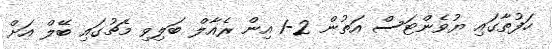
ހަފުތާގައި ޔުވެންޓަސް އަތުން 2-1 އިން ރެއާލް ބަލިވި މެޗުގައި ބޭލް އަށް